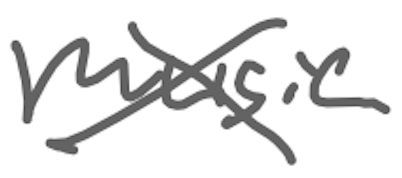
Text: music
Cross-out: cross
Writing tool: digital_gray